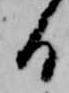
る